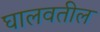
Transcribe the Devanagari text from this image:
घालवतील